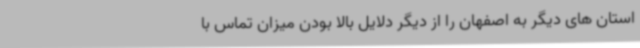
استان های دیگر به اصفهان را از دیگر دلایل بالا بودن میزان تماس با